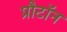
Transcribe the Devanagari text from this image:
प्रौटॉन